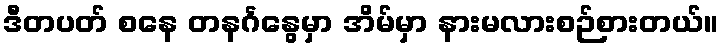
ဒီတပတ် စနေ တနင်္ဂနွေမှာ အိမ်မှာ နားမလားစဉ်စားတယ်။